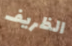
الظريف